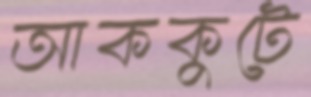
আককুটে